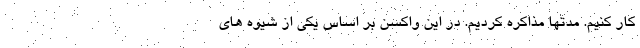
کار کنیم. مدتها مذاکره کردیم. در این واکسن بر اساس یکی از شیوه های